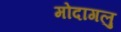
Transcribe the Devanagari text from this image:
मोदागलु